Report on vaccination in the Province of Bengal - 1874-1889
Year: 1874
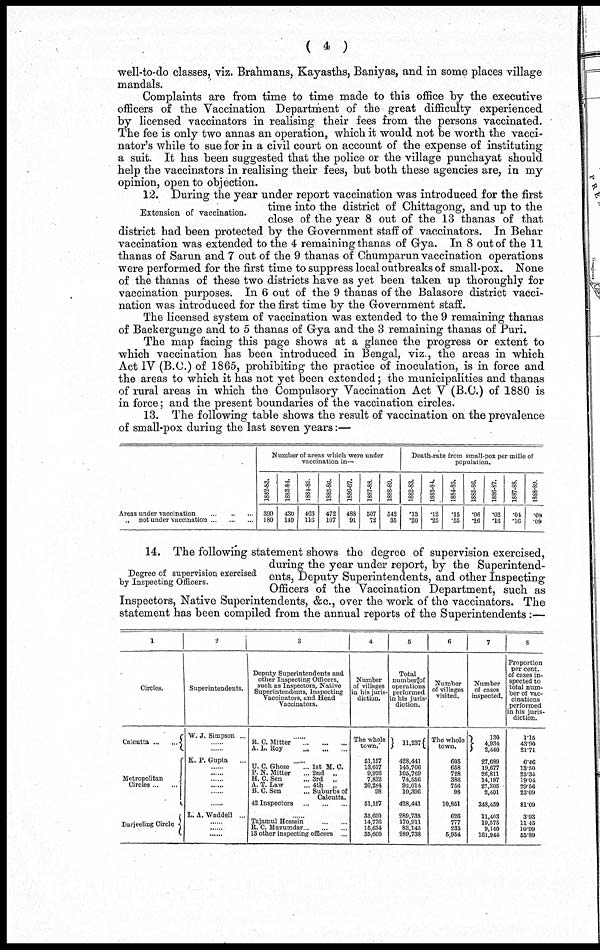
( 4 )
well-to-do classes, viz. Brahmans, Kayasths, Baniyas, and in some places village
mandals.
Complaints are from time to time made to this office by the executive
officers of the Vaccination Department of the great difficulty experienced
by licensed vaccinators in realising their fees from the persons vaccinated.
The fee is only two annas an operation, which it would not be worth the vacci-
nator's while to sue for in a civil court on account of the expense of instituting
a suit. It has been suggested that the police or the village punchayat should
help the vaccinators in realising their fees, but both these agencies are, in my
opinion, open to objection.
Extension of vaccination.
12. During the year under report vaccination was introduced for the first
time into the district of Chittagong, and up to the
close of the year 8 out of the 13 thanas of that
district had been protected by the Government staff of vaccinators. In Behar
vaccination was extended to the 4 remaining thanas of Gya. In 8 out of the 11
thanas of Sarun and 7 out of the 9 thanas of Chumparun vaccination operations
were performed for the first time to suppress local outbreaks of small-pox. None
of the thanas of these two districts have as yet been taken up thoroughly for
vaccination purposes. In 6 out of the 9 thanas of the Balasore district vacci-
nation was introduced for the first time by the Government staff.
The licensed system of vaccination was extended to the 9 remaining thanas
of Backergunge and to 5 thanas of Gya and the 3 remaining thanas of Puri.
The map facing this page shows at a glance the progress or extent to
which vaccination has been introduced in Bengal, viz., the areas in which
Act IV (B.C.) of 1865, prohibiting the practice of inoculation, is in force and
the areas to which it has not yet been extended; the municipalities and thanas
of rural areas in which the Compulsory Vaccination Act V (B.C.) of 1880 is
in force; and the present boundaries of the vaccination circles,
13. The following table shows the result of vaccination on the prevalence
of small-pox during the last seven years:—
Areas under vaccination
...
...
...
„ not under vaccination ... ... ...
Number of areas which were under
vaccination in—
1882-83.
399
180
1883-84.
430
149
1884-85.
463
116
1885-86.
472
107
1886-87.
488
91
1887-83.
507
72
1888-89.
542
35
Death-rate from small-pox per mille of
population.
1882-83.
.13
.20
1883-84.
.12
.25
1884-85.
.15
.55
1885-86.
.06
.26
1886-87.
.02
.16
1887-88.
.04
.16
1888-89.
.09
.09
Degree of supervision exercised
by Inspecting Officers.
14. The following statement shows the degree of supervision exercised,
during the year under report, by the Superintend-
ents, Deputy Superintendents, and other Inspecting
Officers of the Vaccination Department, such as
Inspectors, Native Superintendents, &c., over the work of the vaccinators. The
statement has been compiled from the annual reports of the Superintendents:—
1
Circles.
Calcutta ... ...
Metropolitan
Circles ... ...
Darjeeling Circle
2
Superintendents.
W. J. Simpson ...
......
......
K. P. Gupta
......
......
......
......
......
......
L.A.Waddell ...
......
......
......
3
Deputy Superintendents and
other Inspecting Officers,
such as Inspectors, Native
Superintendents, Inspecting
Vaccinators, and Head
Vaccinators.
......
R. C. Mitter
...
...
...
A. L. Roy
...
...
...
......
U. C. Ghose
... 1st M. C.
P. N. Mitter
... 2nd „
H. C. Sen
... 3rd „
A. T. Law
... 4th „
B. C. Sen
... Suburbs of
Calcutta.
42 Inspectors
...
...
...
......
Tajamul Hossein
...
...
R. C. Mazumdar ... ... ...
13 other inspecting officers ...
4
Number
of villages
in his juris-
diction.
The whole
town.
51,157
13,017
9,926
7,832
20,284
98
51,157
35,600
14,776
15,634
35,600
5
Total
number of
operations
performed
in his juris-
diction.
11,237
428,441
145,706
105,769
74,556
92,014
10,396
428,441
289,738
170,911
83,145
289,738
6
Number
of villages
visited.
The whole
town.
605
658
728
386
756
98
10,851
626
777
235
5,954
7
Number
of cases
inspected.
130
4,934
2,440
27,689
19,677
26,811
14,197
27,205
2,401
348,459
11,403
19,575
9,140
161,944
8
Proportion
per cent.
of cases in-
spected to
total num-
ber of vac-
cinations
performed
in his juris-
diction.
1.15
43.90
21.71
6.46
13.50
25.34
19.04
29.56
23.09
81.09
3.93
11.45
10.99
55.89